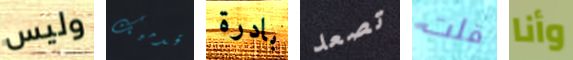
وليس قدميك بادرة تصعد قلت وأنا